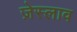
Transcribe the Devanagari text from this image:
ज़ेस्लाव